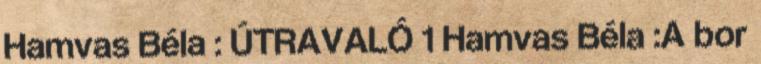
Hamvas Béla : ÚTRAVALÓ 1 Hamvas Béla :A bor